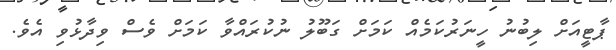
ޕާޓީއަށް ލިބުނު ހީނަރުކަމެއް ކަމަށް ގަބޫލު ނުކުރައްވާ ކަމަށް ވެސް ވިދާޅުވި އެވެ.